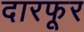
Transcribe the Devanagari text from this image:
दारफूर